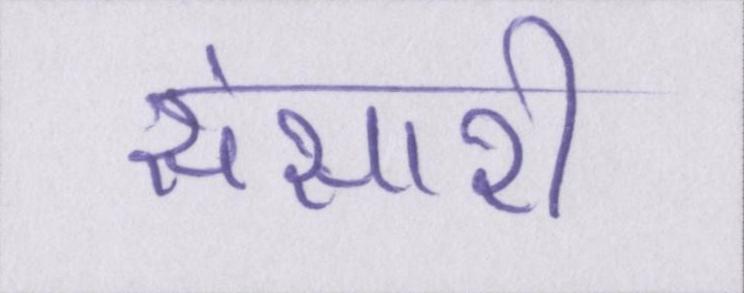
संसारी